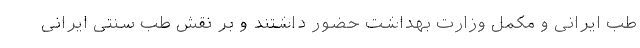
طب ایرانی و مکمل وزارت بهداشت حضور داشتند و بر نقش طب سنتی ایرانی